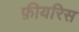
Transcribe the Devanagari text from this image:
फ़ीयरिस